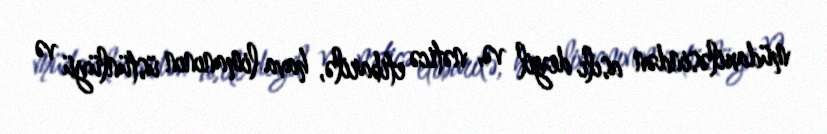
müdaxiləsindən asılı deyil və, nəticə etibarilə, hava limanının üstünlüyü və